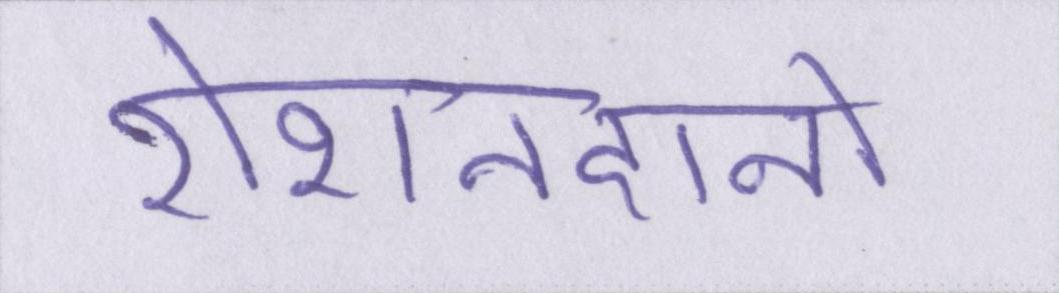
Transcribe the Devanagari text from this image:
रोशनदानों